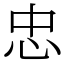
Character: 忠